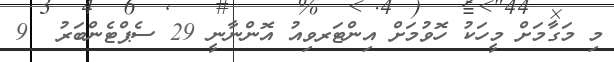
މި މަގާމަށް މީހަކު ހޮވުމަށް އިންޓަރވިއު އޮންނާނީ 29 ސެޕްޓެންބަރު  9